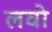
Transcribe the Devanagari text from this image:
लवो